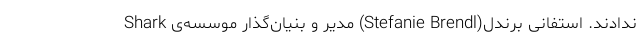
ندادند. استفانی برندل(Stefanie Brendl) مدیر و بنیان‌گذار موسسه‌ی Shark